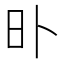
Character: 𣅃